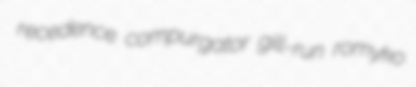
recedence compurgator gill-run romyko